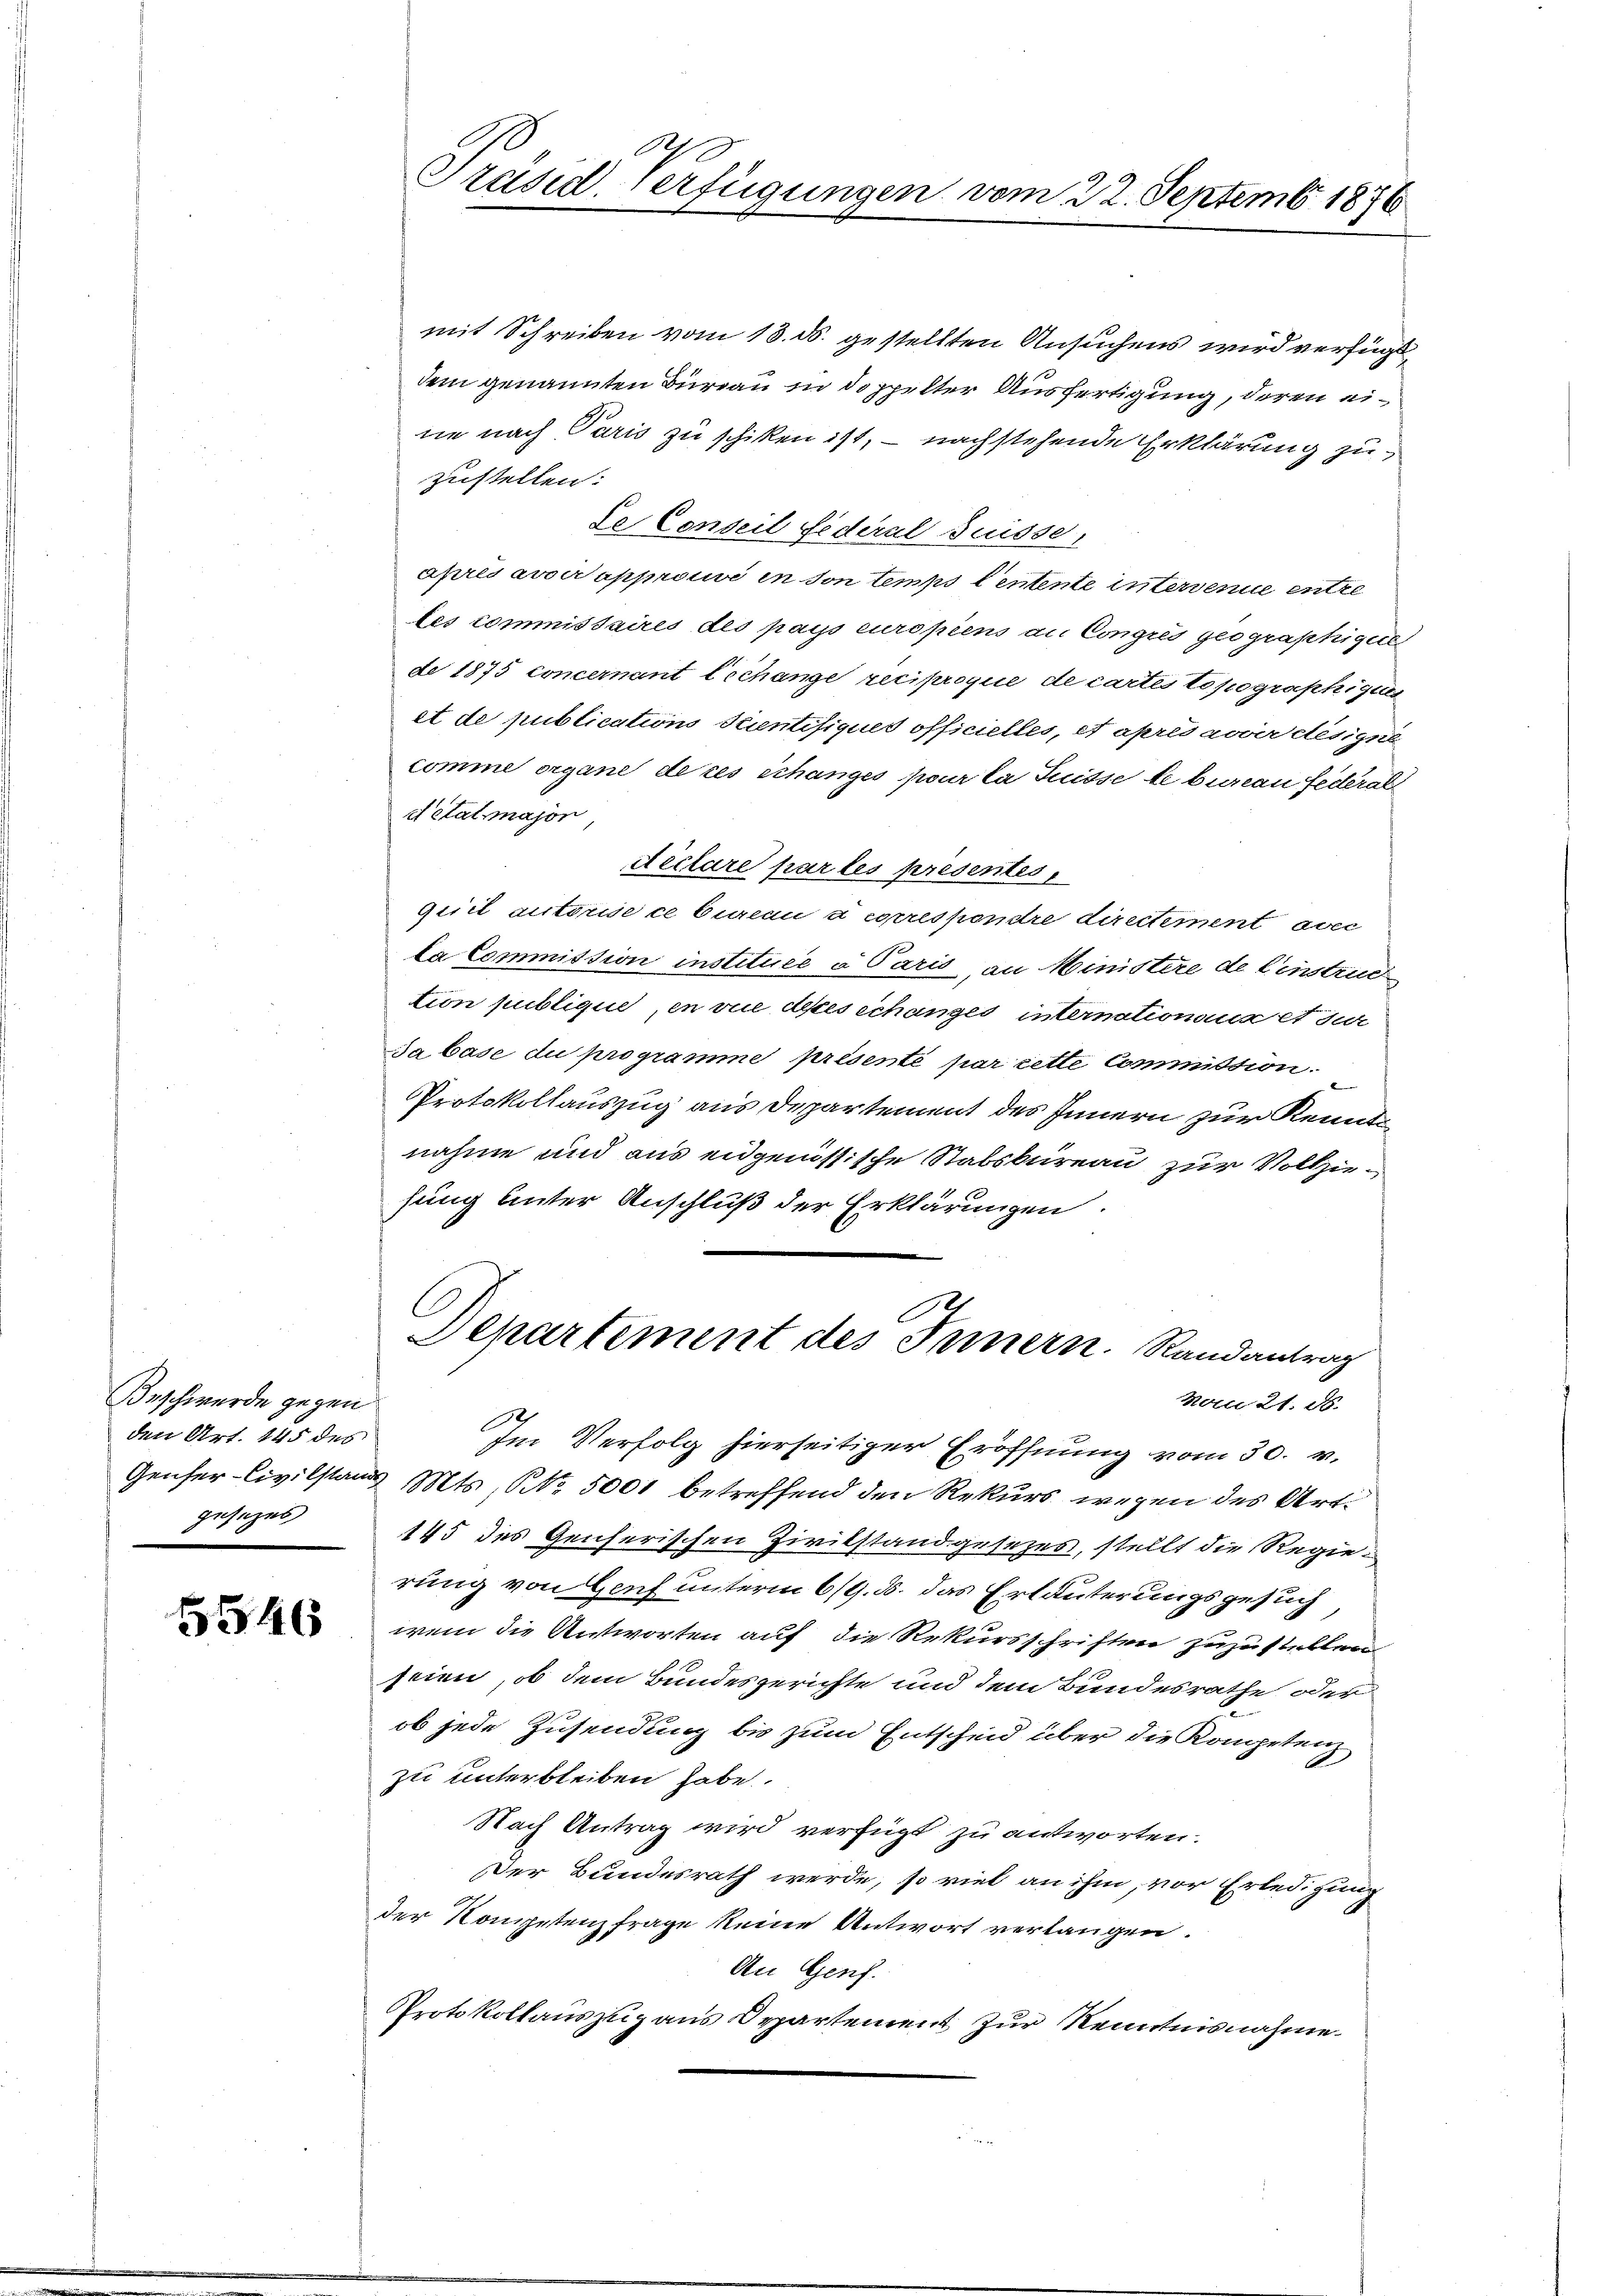
Beschwerde gegen
den Art. 145 des
gesezes

5546

.
Präsid. Verfügungen vom 22. Septemb. 1876

mit Schreiben vom 18. ds. gestellten Ansuchens wird verfügt
dem genannten Büreau in doppelter Ausfertigung, deren eine nach Paris zu schiken ist, – nachstehende Erklärung zu
zustellen:
Se Conseil Federal Suisse,
après avocapprouve in son temps Centente intervenue entze
les commissaires des pays europiens an Congres geographige
de 1875 concernant lechange reciproque de cartes topographigun
et de publications Suentisiques officielles, et apresavoir désigné
comme organe de ces échanges pour la Suisse de bureau Federal
d’état major
déclare par les présentes,
giril autorise ce bureau à correspondre directement avec
la Commission instituée a Paris, an Ministere de l’instrud
tion publique, en vie des Schanzes internationanz et dur
Sabase du programme présenté par cette Commission.
Protokollauszug aus Departement des Innern zur Kennte
nahme und aus eidgenössische Stabsbureau zur Vollziehung unter Anschluß der Erklärungen.
Departement des Innern Randantrag
No 21. N.
Im Verfolg hierseitiger Eröffnung vom 30. v.
Genfer-Civilstand. Mts., No. 5001 betreffend den Rekurs wegen des Art.
145 des Genferischen Zivilstand gesezes, stellt die Regierung von Genf unterm 6/9. d. das Erläuterungsgesuch
wem die Antworten auf die Rekursschriften zuzustellen
seien, ob dem Bundesgerichte und dem Bundesrathe oder
ob jede Zusendung bis zum Entscheid über die Kompetenz
zu unterbleiben habe.
Nach Antrag wird verfügt zu antworten.
Der Bundesrath werde, so viel an ihm, vor Erledigung
der Kompetenz frage keine Antwort verlangen.
An Genf.
Protokollauszug aus Departement zur Kenntnisnahme.